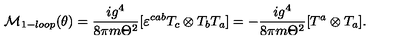
{ \cal M } _ { 1 - l o o p } ( \theta ) = \frac { i g ^ { 4 } } { 8 \pi m \Theta ^ { 2 } } [ \varepsilon ^ { c a b } T _ { c } \otimes T _ { b } T _ { a } ] = - \frac { i g ^ { 4 } } { 8 \pi m \Theta ^ { 2 } } [ T ^ { a } \otimes T _ { a } ] .